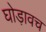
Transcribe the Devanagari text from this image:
घोड़ावच